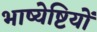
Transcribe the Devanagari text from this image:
भाष्येष्टियों